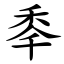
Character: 䄹